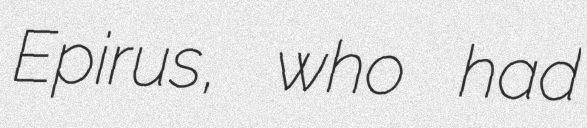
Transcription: Epirus, who had